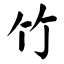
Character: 竹